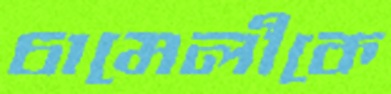
চামেলীকে